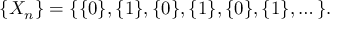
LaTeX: \{ X _ { n } \} = \{ \{ 0 \} , \{ 1 \} , \{ 0 \} , \{ 1 \} , \{ 0 \} , \{ 1 \} , \dots \} .